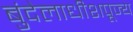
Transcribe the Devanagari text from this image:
बुंदेलाधीशपूज्य